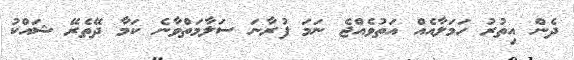
ދެން އިތުރު ހަމަލާއެއް އަތުވެއްޖެ ނަމަ ފުރާނަ ސަލާމަތްވާނެ ކަމާ ދޭތެރޭ ޝައްކު